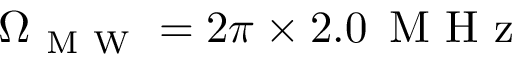
\Omega _ { \mathrm { ~ M ~ W ~ } } = 2 \pi \times 2 . 0 \, \mathrm { ~ M ~ H ~ z ~ }